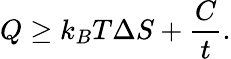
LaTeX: Q\ge k_{B}T\Delta S+\frac{C}{t}.